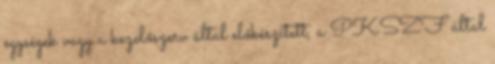
egységek vagy a kezelőszerv által előkészített, a PKSZF által